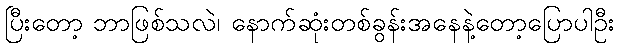
ပြီးတော့ ဘာဖြစ်သလဲ၊ နောက်ဆုံးတစ်ခွန်းအနေနဲ့တော့ပြောပါဦး